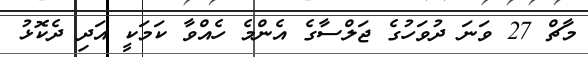
މާޗް 27 ވަނަ ދުވަހުގެ ޖަލްސާގެ އެންމެ ހެއްވާ ކަމަކީ އަދި ދެކޮޅު